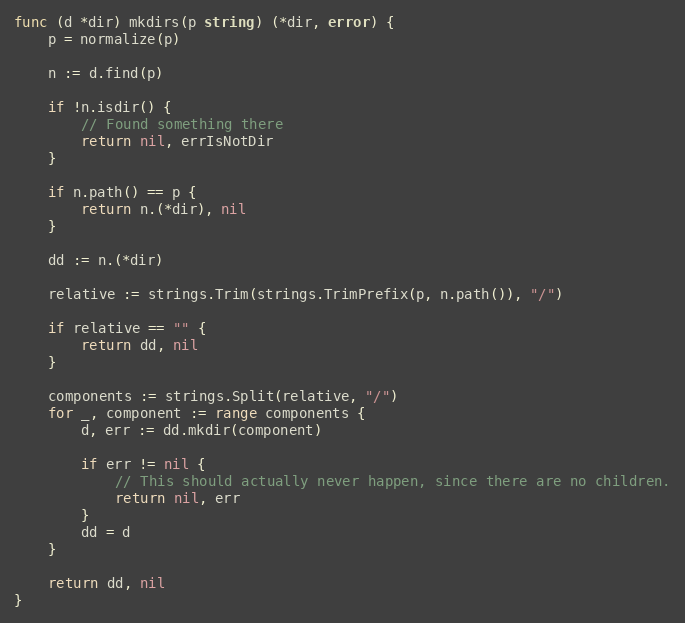
Language: Go
func (d *dir) mkdirs(p string) (*dir, error) {
	p = normalize(p)

	n := d.find(p)

	if !n.isdir() {
		// Found something there
		return nil, errIsNotDir
	}

	if n.path() == p {
		return n.(*dir), nil
	}

	dd := n.(*dir)

	relative := strings.Trim(strings.TrimPrefix(p, n.path()), "/")

	if relative == "" {
		return dd, nil
	}

	components := strings.Split(relative, "/")
	for _, component := range components {
		d, err := dd.mkdir(component)

		if err != nil {
			// This should actually never happen, since there are no children.
			return nil, err
		}
		dd = d
	}

	return dd, nil
}